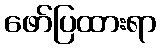
ဖော်ပြထားရာ